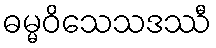
ဓမ္မဝိသေသဒဿီ